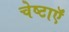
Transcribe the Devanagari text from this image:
चेष्टाऍं